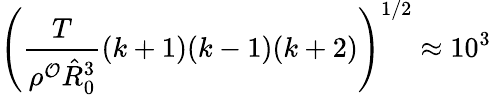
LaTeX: \left(\frac{T}{\rho^{\mathcal{O}}\hat{R}_{0}^{3}}(k+1)(k-1)(k+2)\right)^{1/2}\approx 10^{3}